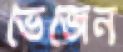
ভেজেন